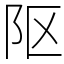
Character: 𨸟